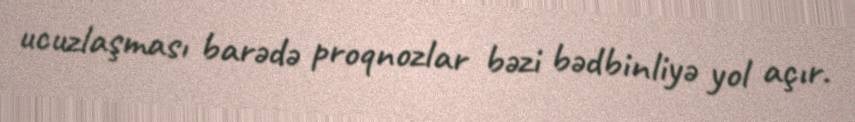
ucuzlaşması barədə proqnozlar bəzi bədbinliyə yol açır.